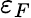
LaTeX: \varepsilon_{F}